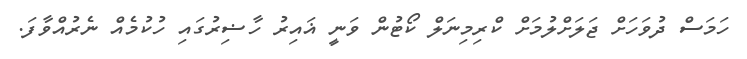
ހަމަސް ދުވަހަށް ޖަލަށްލުމަށް ކްރިމިނަލް ކޯޓުން ވަނީ ޣައިރު ހާޟިރުގައި ހުކުމެއް ނެރުއްވާފަ.